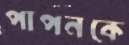
পাপনকে